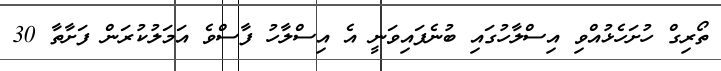
ތޯރިގް ހުށަހެޅުއްވި އިސްލާހުގައި ބުނެފައިވަނީ އެ އިސްލާހު ފާސްވެ އަމަލުކުރަން ފަށާތާ 30